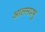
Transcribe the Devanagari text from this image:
आलमप्रभु